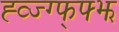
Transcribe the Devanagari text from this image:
ह्व्ज्ग्फ्फ्झ